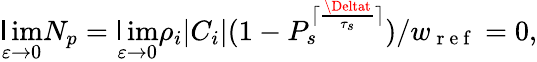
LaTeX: \operatorname*{\mathsf{l}im}_{\varepsilon\to0}N_{p}=\operatorname*{\mathsf{l}im}_{\varepsilon\to0}\rho_{i}|C_{i}|(1-P_{s}^{\lceil\frac{{\Deltat}}{{\tau_{s}}}\rceil})/w_{\mathrm{{~r~e~f~}}}=0,